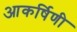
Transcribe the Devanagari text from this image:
आकर्षिणी